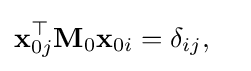
\mathbf {x} _{0j}^{\top }\mathbf {M} _{0}\mathbf {x} _{0i}=\delta _{ij},\quad